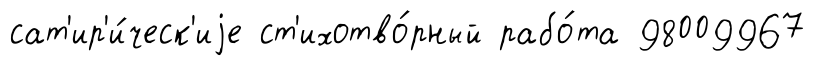
сат'ир'и́ческ'иjе ст'ихотво́рный рабо́та 98009967